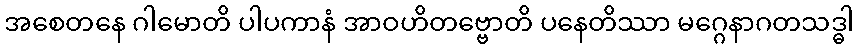
အစေတနေ ဂါမောတိ ပါပကာနံ အာဝဟိတဗ္ဗောတိ ပနေတိဿာ မဂ္ဂေနာဂတသဒ္ဓါ